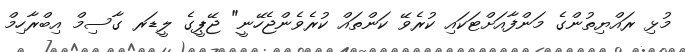
މުޅި ރައްޔިތުންގެ މަންފާއަށްޓަކައި ކުރެވޭ ކަންތައް ކުރެވެންޖެހޭނީ" ޖޭޕީގެ ލީޑަރ ގާސިމް އިބްރާހިމް